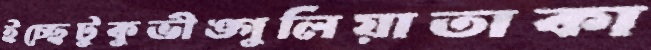
ইচ্ছেটুকুভীঙ্গুলিয়াতাকা